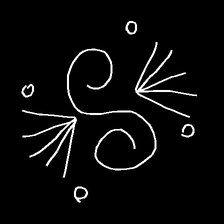
Glyph: aeroform